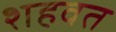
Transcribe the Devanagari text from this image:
शहवत